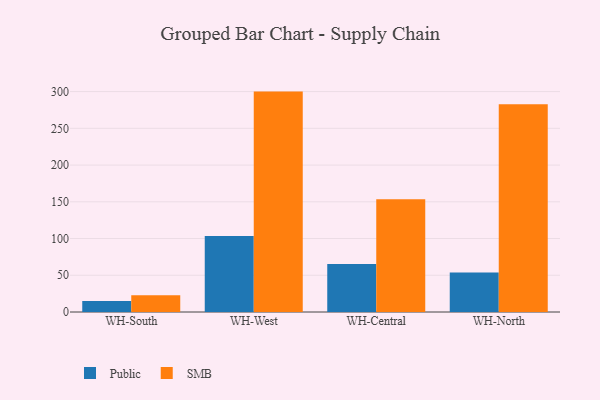
{"axis": {"x": "Warehouse", "y": "Latency (ms)"}, "legend": ["Public", "SMB"], "data": [{"x": "WH-South", "y": 15.1, "type": "Public"}, {"x": "WH-South", "y": 22.9, "type": "SMB"}, {"x": "WH-West", "y": 103.5, "type": "Public"}, {"x": "WH-West", "y": 300.0, "type": "SMB"}, {"x": "WH-Central", "y": 65.5, "type": "Public"}, {"x": "WH-Central", "y": 153.4, "type": "SMB"}, {"x": "WH-North", "y": 53.6, "type": "Public"}, {"x": "WH-North", "y": 282.9, "type": "SMB"}]}